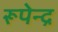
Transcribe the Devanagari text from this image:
रूपेन्द्र